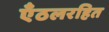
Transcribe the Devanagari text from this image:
एँठलरहित